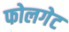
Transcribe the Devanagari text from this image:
फोलगेट